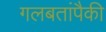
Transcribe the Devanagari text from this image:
गलबतांपैकी